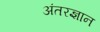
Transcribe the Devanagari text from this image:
अंतरज्ञान